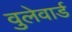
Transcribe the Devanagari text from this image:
वुलेवार्ड